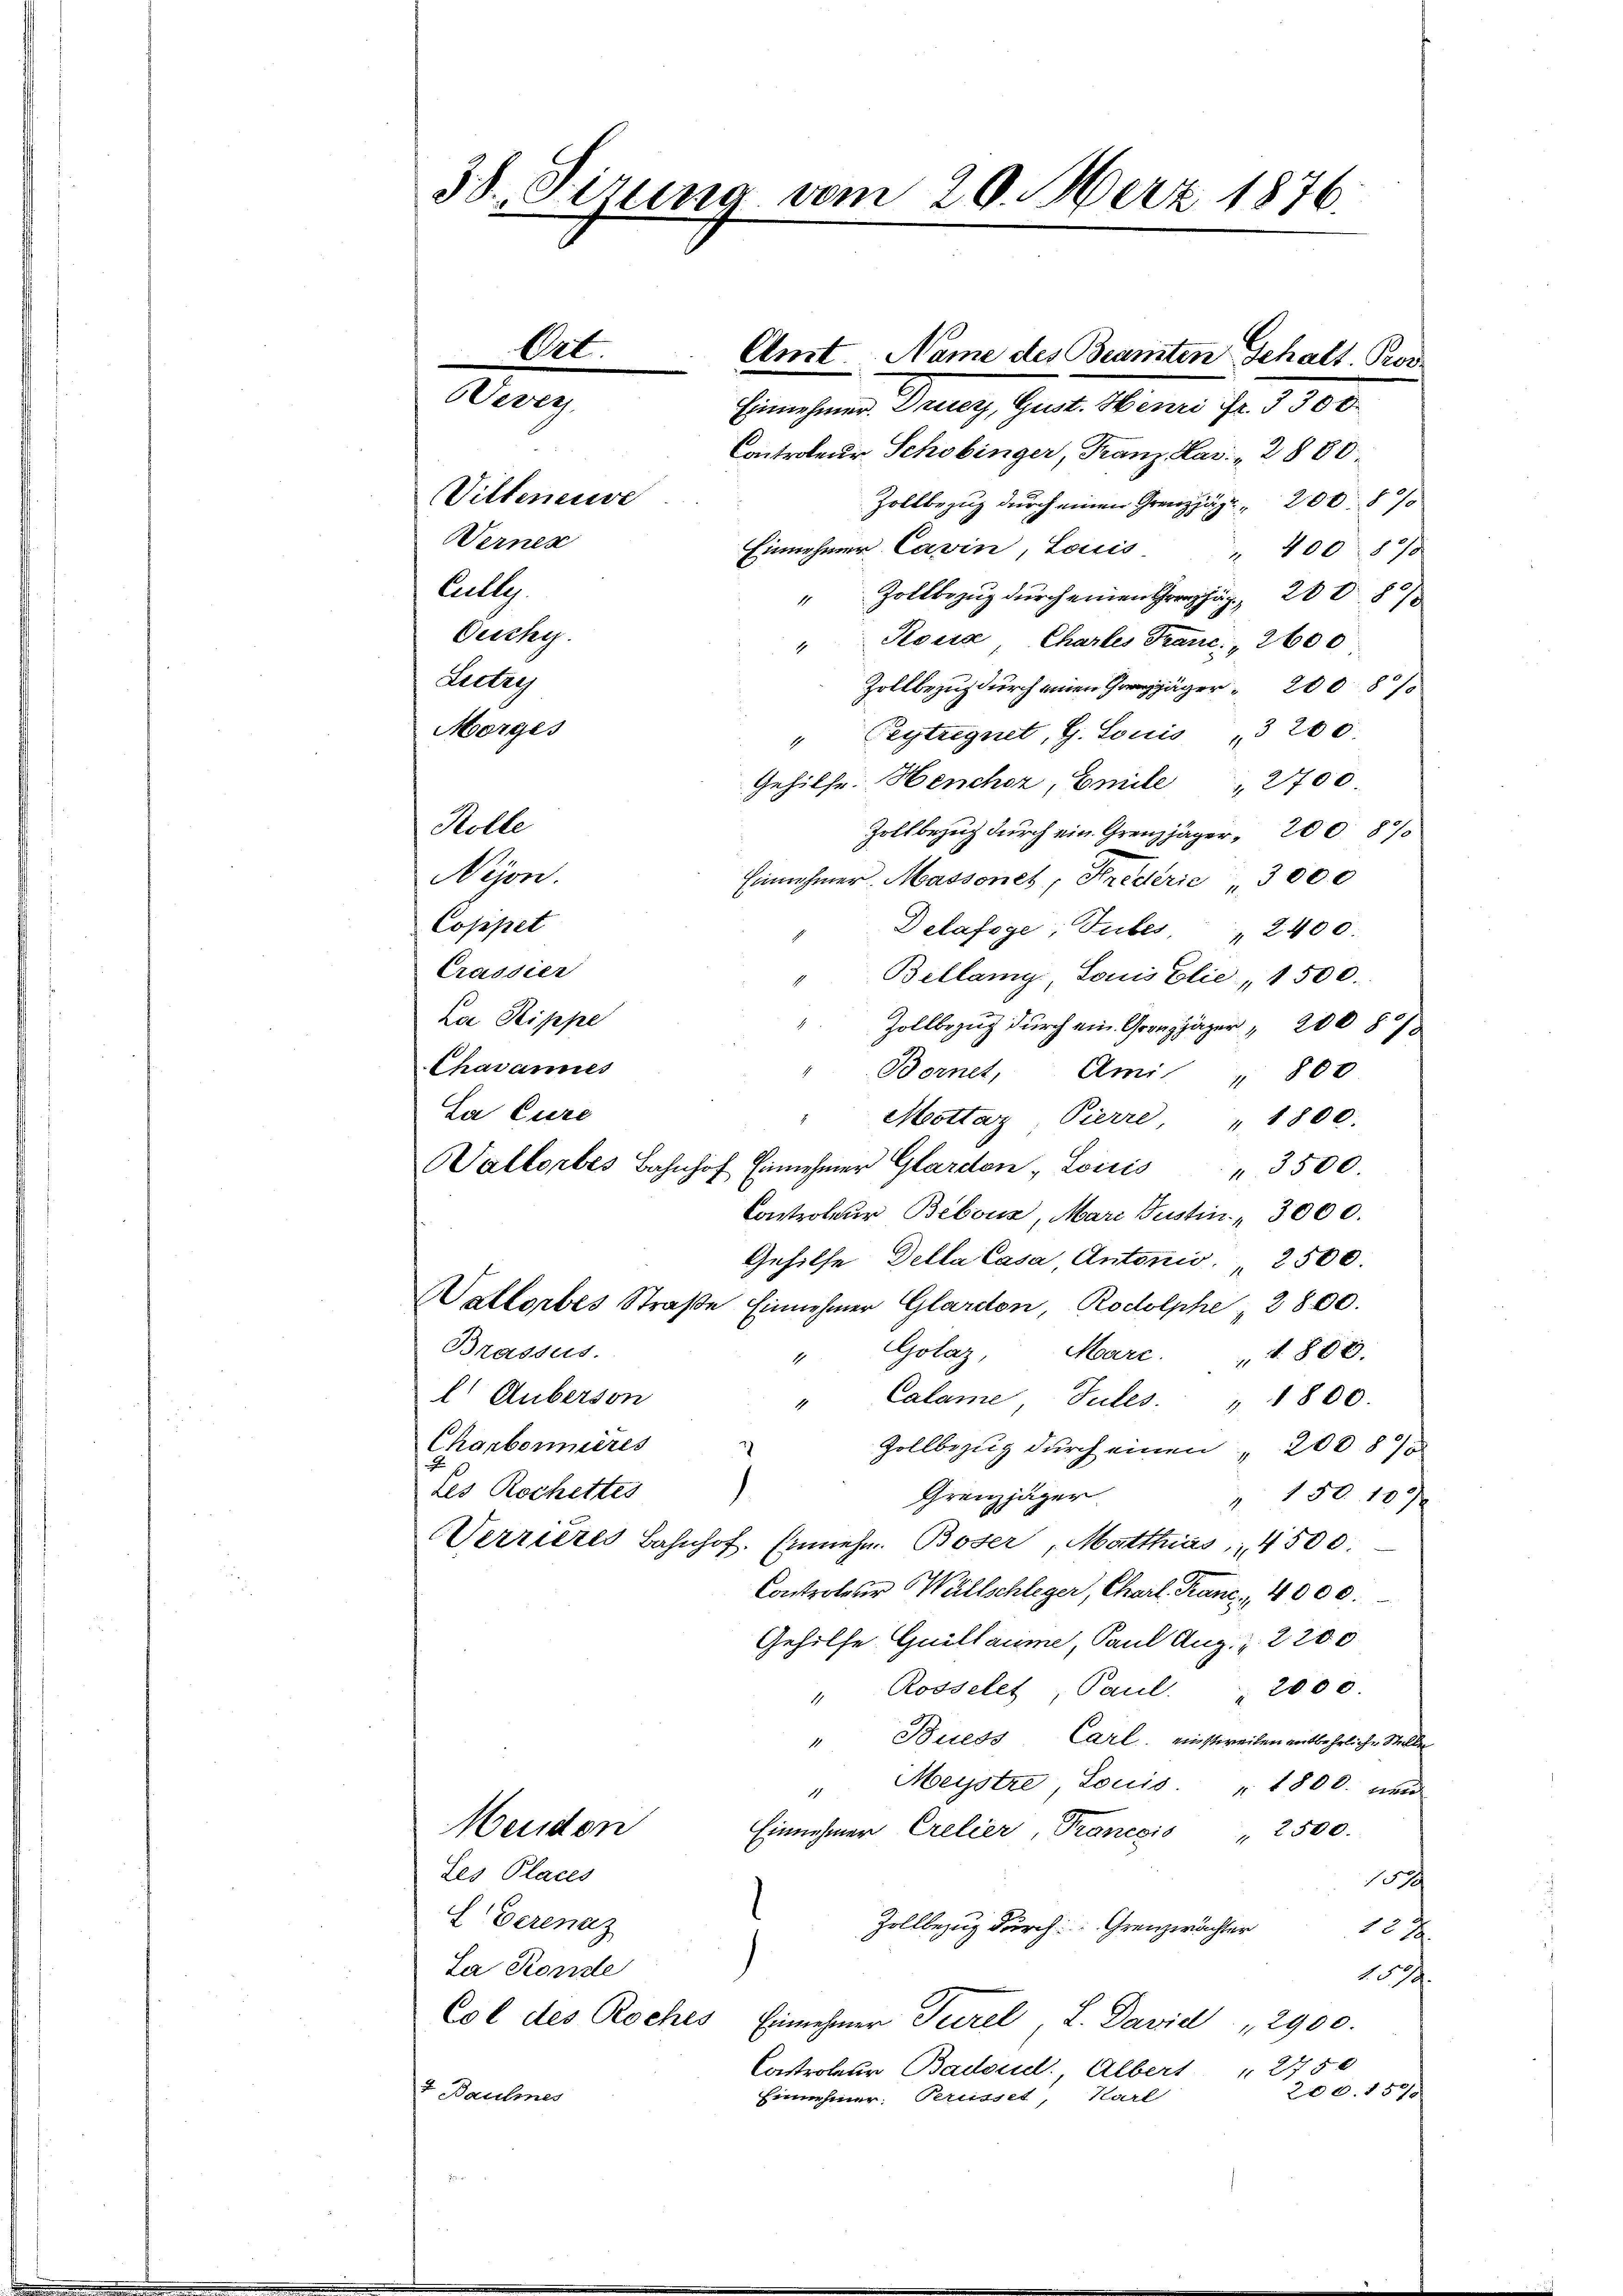
38. Sirung vom 20. März 1876.

Anst. Name des Beamten Gehalt Por
e
Einnehmer. Dreier, Gust. Henri Fr. 3300.
Controleur Schobinger, Franz Har: „2880.
Zollbezug durch einen Grenz 2000
Einnehmer Cavin, Louis
400 890
" Zollbezug durch einen Graz, 200. 8
Kosis Chartes Trant. 2600
Zollbezug durch einen Jäger 2008/
" Peytregnet, G. Louis „3200
Gehilfe. Heucher, Emile " 2700
Rolle
Zollbezug durch ein Grenzjäger 200 890
Nyon.
Einnehmer Massonet, Krederie 3000
Coppet
Delafoge; Tubes " 2400.
Crassier
"Bellany Louisélie, 1500.
Loe Rippe
Zollbezug durch ein Grenzjäger, 200 § 13
Chavannes
Bornet, Ami " 800
La Cure
" Mottaz Pierre, " 1800.
Waltorbes Bahnhof Einnehmer Garden Louis 3500.
Controleur Bebouz, Mari Justin " 3000.
Gehilfe Della Casa Antonis. 2500.
Wallorbes Straße Einnehmer Glardon, Rodolphe " 2800.
Brasses.
Golaz Marc. " " 800.
1
l. Auberson
Calame Tutes " 1800.
Charbonnieres
Zollbezug durch einen 200 87
des Rochettes
Granzjäger
" 150 100
Verrieres Bahnhof. Einnehm. Boser Matthias, 4500.
Controleur Wellschleger, Charl Franc, 4000.
Gehilfe Guillaume, Paul Aug. Z. 2200
Rosselet, Paul. 2000.
1
"Buess, Carl. einstweilen entbehrliche Stelle
"Meystre Louis. " 1800. neu
Menden
Einnehmer Crelier, Trancois " 2500.
Les Places
d
L Verenaz
Zollbezug durch Grenzwachter 12 x
La Ronde
.
Col des Roches
Einnehmer Tierel L. David 2900.
Castroleur Badloudl. Albert " 2750
200. 557
7. Baulines
Einnehmer: Pertisset, Karl

Ort.

Vevers

Vilteneuve
Wernen
Calle
Oecchi
Leetre
Morges